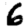
Digit: 6